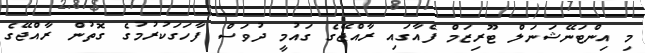
މި އިންޓަނޭޝަނަލް ޓޫރިޒަމް ފެއާގައި ރާއްޖޭގެ ގައުމީ ދުވަސް ފާހަގަކުރުމުގެ ގޮތުން ރާއްޖޭގެ